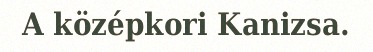
A középkori Kanizsa.